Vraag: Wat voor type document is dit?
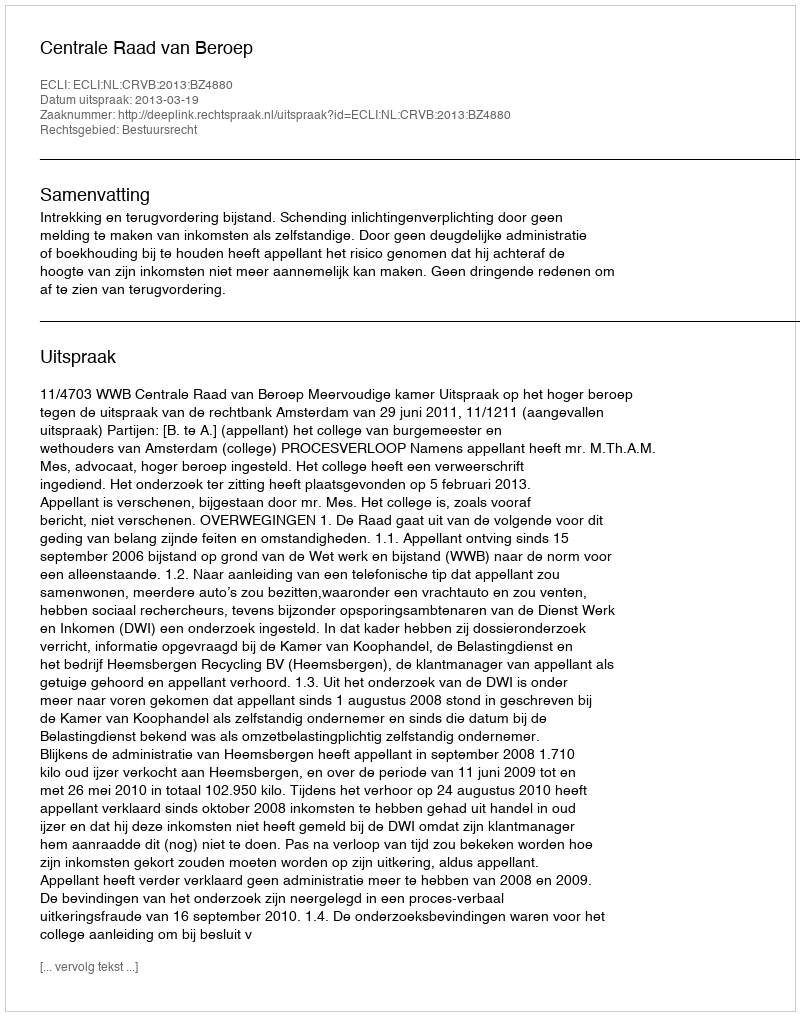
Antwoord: Uitspraak